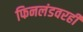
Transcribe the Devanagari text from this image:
फिनलंडवरही